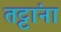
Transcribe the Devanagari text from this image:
तट्टांना